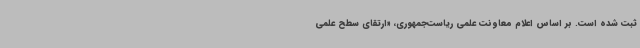
ثبت شده است. بر اساس اعلام معاونت علمی ریاست‌جمهوری، «ارتقای سطح علمی